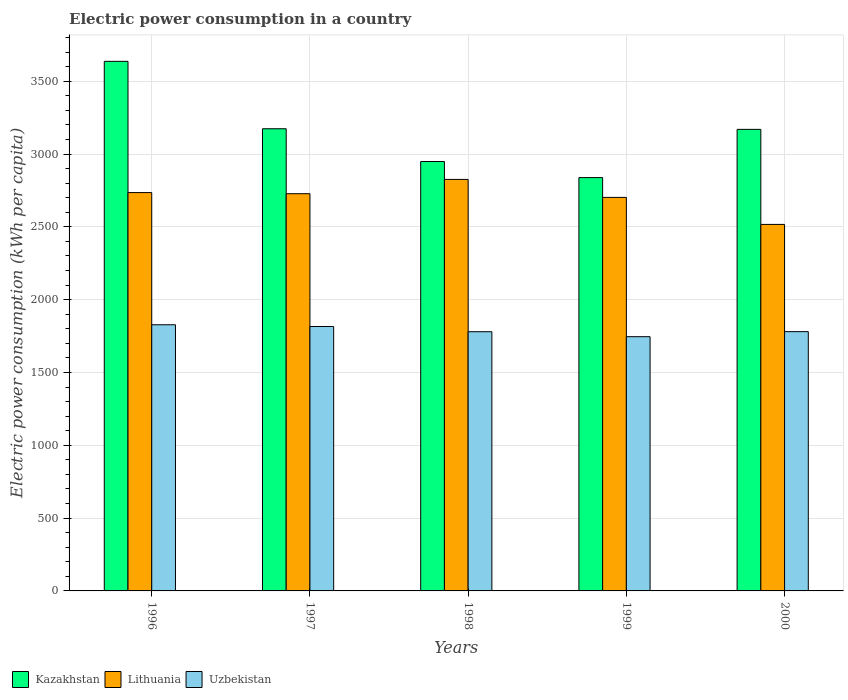
| Years | Kazakhstan | Lithuania | Uzbekistan |
 | --- | --- | --- | --- |
 | 1996 | 3.64e+03 | 2.74e+03 | 1.83e+03 |
 | 1997 | 3.17e+03 | 2.73e+03 | 1.82e+03 |
 | 1998 | 2.95e+03 | 2.83e+03 | 1.78e+03 |
 | 1999 | 2.84e+03 | 2.7e+03 | 1.75e+03 |
 | 2000 | 3.17e+03 | 2.52e+03 | 1.78e+03 |